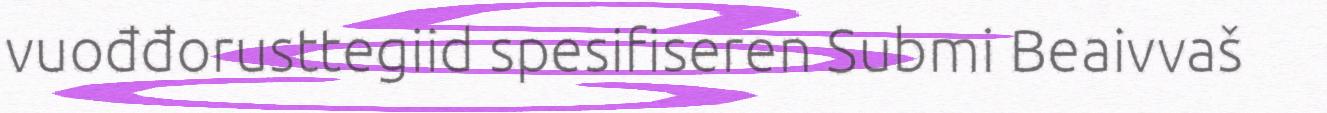
vuođđorusttegiid spesifiseren Submi Beaivvaš